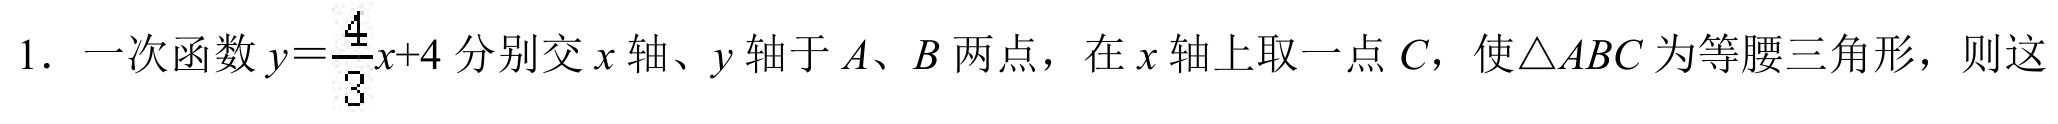
1. 一次函数\(y = \frac{4}{3}x + 4\)分别交\(x\)轴、\(y\)轴于\(A\)、\(B\)两点，在\(x\)轴上取一点\(C\)，使\(\triangle ABC\)为等腰三角形，则这